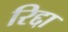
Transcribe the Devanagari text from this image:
रिद्दा